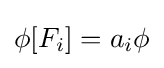
\phi [F_{i}]=a_{i}\phi